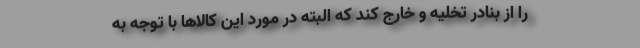
را از بنادر تخلیه و خارج کند که البته در مورد این کالاها با توجه به